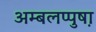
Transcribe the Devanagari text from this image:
अम्बलप्पुष़ा